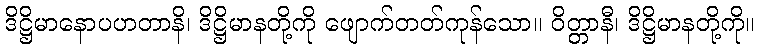
ဒိဋ္ဌိမာနောပဟတာနိ၊ ဒိဋ္ဌိမာနတို့ကို ဖျောက်တတ်ကုန်သော။ ဝိတ္တာနီ၊ ဒိဋ္ဌိမာနတို့ကို။